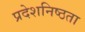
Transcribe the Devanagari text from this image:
प्रदेशनिष्ठता